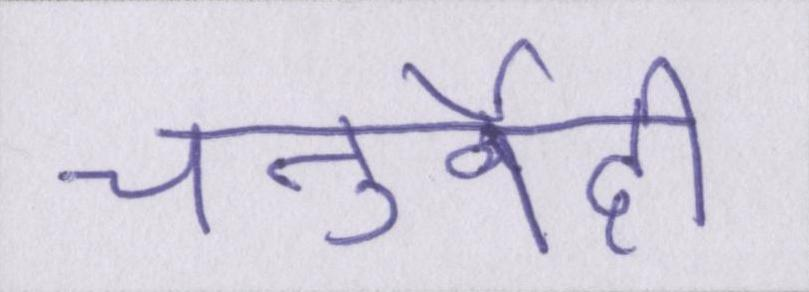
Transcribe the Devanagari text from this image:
चतुर्वेदी